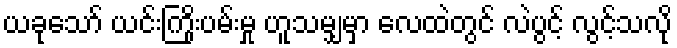
ယခုသော် ယင်းကြိုးပမ်းမှု ဟူသမျှမှာ လေထဲတွင် လဲပွင့် လွင့်သလို